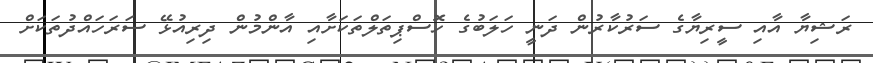
ރަޝިޔާ އާއި ސީރިޔާގެ ސަރުކާރުން ދަނީ ހަލަބުގެ ހޮސްޕިތަލްތަކަށާއި އާންމުން ދިރިއުޅޭ ސަރަހައްދުތަކަށް